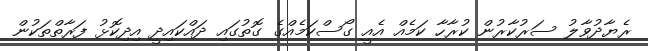
ރެޔާދުވާލު ސަރުކާރުން ކުރާހާ ކަމެއް އެއީ ގޯސްކަމެއްގެ ގޮތުގައި ދައްކައިދީ އިދިކޮޅު ފަރާތްތަކުން